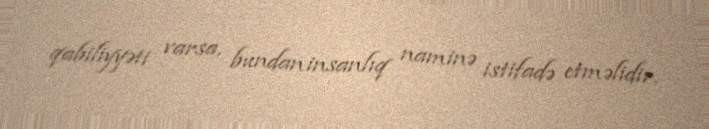
qabiliyyəti varsa, bundan insanlıq naminə istifadə etməlidir.